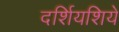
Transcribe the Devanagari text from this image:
दर्शियशिये